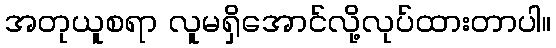
အတုယူစရာ လူမရှိအောင်လို့လုပ်ထားတာပါ။